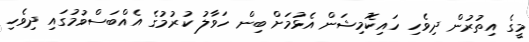
މީގެ އިތުރުން ދިވެހި ހައިކޮމިޝަން އެޅުމަށް ބިން ހަވާލު ކުރުމުގެ އެއްބަސްވުމުގައި ދިވެހި